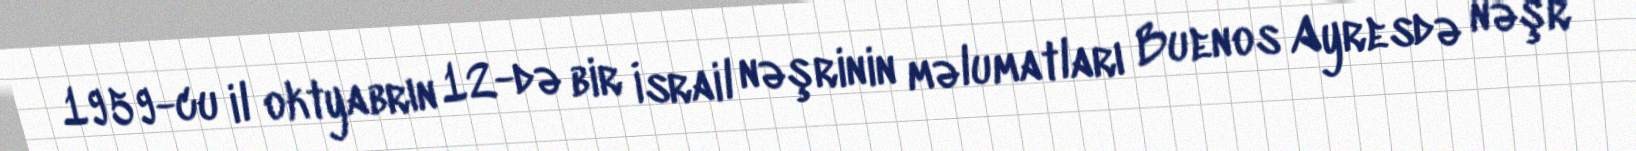
1959-cu il oktyabrın 12-də bir İsrail nəşrinin məlumatları Buenos Ayresdə nəşr